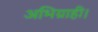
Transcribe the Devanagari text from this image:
अभिग्राही।